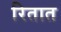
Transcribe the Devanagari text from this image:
रितात